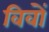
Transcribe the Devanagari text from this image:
विवों